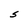
Character: S